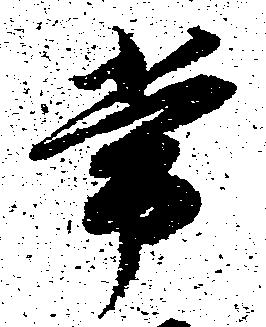
常